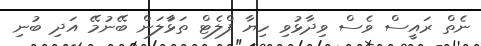
ނެތް ރައީސް ވެސް ވިދާޅުވި ހިޔާ ފްލެޓް ތަޅާަލަން ބޭނުމޭ އަދި ބުނި